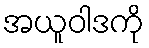
အယူဝါဒကို